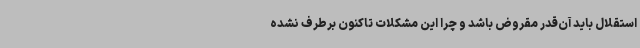
استقلال باید آن‌قدر مقروض باشد و چرا این مشکلات تاکنون برطرف نشده